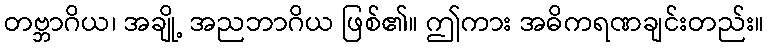
တဗ္ဘာဂိယ၊ အချို့ အညဘာဂိယ ဖြစ်၏။ ဤကား အဓိကရဏချင်းတည်း။